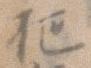
把